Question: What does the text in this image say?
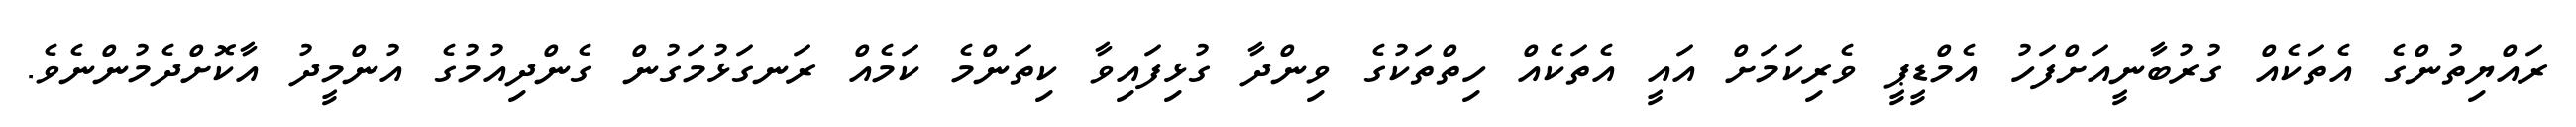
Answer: ރައްޔިތުންގެ އެތަކެއް ގުރުބާނީއަށްފަހު އެމްޑީޕީ ވެރިކަމަށް އައީ އެތަކެއް ހިތްތަކުގެ ވިންދާ ގުޅިފައިވާ ކިތަންމެ ކަމެއް ރަނގަޅުމަގުން ގެންދިއުމުގެ އުންމީދު އާކޮށްދެމުންނެވެ.